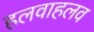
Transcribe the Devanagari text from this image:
हलवाहलव